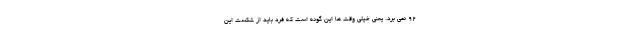
92 نمی بُرد. یعنی خیلی وقت ها این گونه است که فرد باید از شکست این